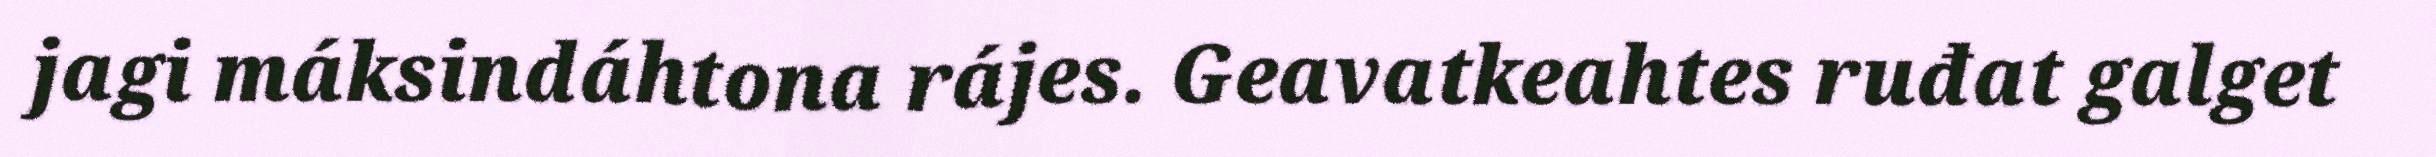
jagi máksindáhtona rájes. Geavatkeahtes ruđat galget